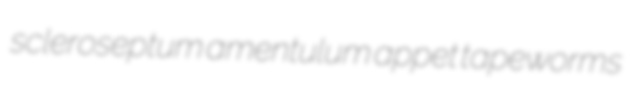
scleroseptum amentulum appet tapeworms